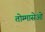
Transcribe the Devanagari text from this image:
तोम्मासेओ